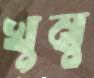
খুম্বু